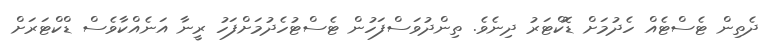
ދެތިން ޓެސްޓެއް ހެދުމަށް ޑޮކްޓަރު ދިނެވެ. ތިންދުވަސްފަހުން ޓެސްޓުހެދުމަށްފަހު ރީނާ އަނެއްކާވެސް ޑްކްޓަރަށް